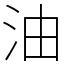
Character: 油